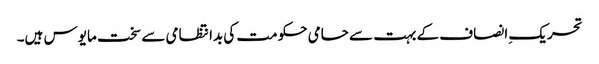
تحریک ِانصاف کے بہت سے حامی حکومت کی بدانتظامی سے سخت مایوس ہیں۔